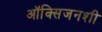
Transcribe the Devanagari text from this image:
ऑक्सिजनशी